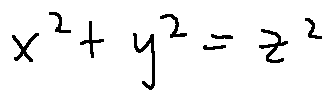
x ^ { 2 } + y ^ { 2 } = z ^ { 2 }